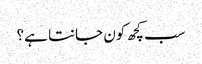
سب کچھ کون جانتا ہے؟